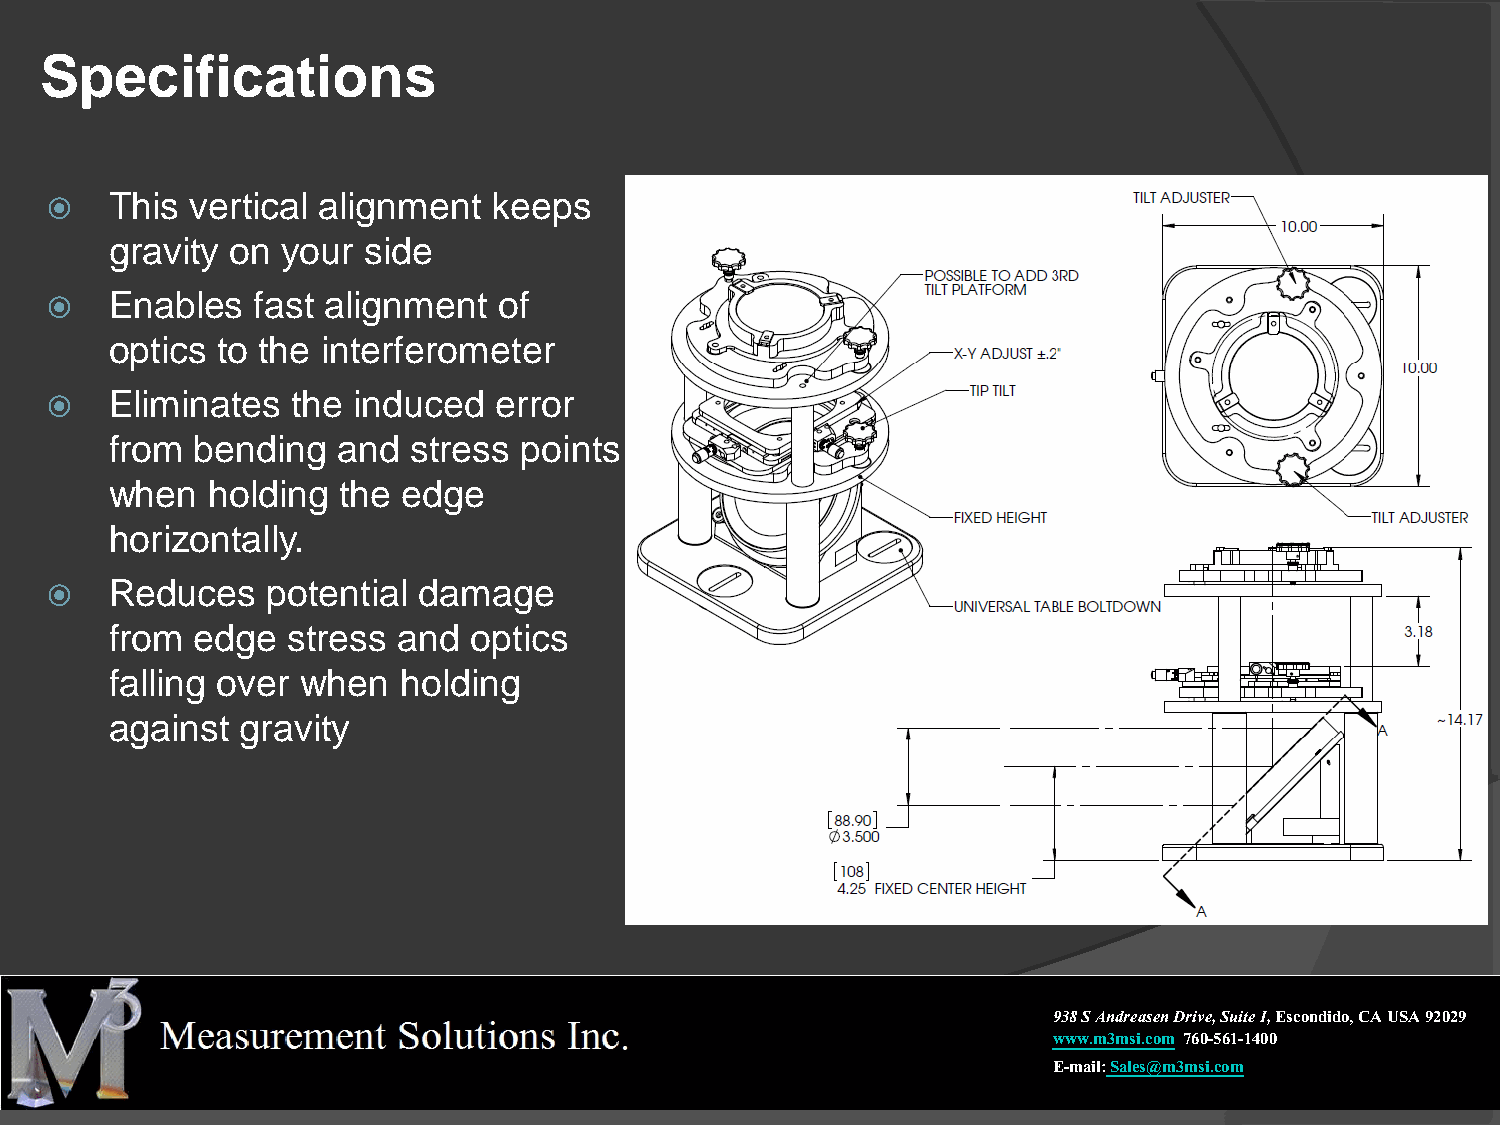
Specifications
    This  vertical alignment  keeps
 gravity on  your side
    Enables   fast alignment  of
 optics to the interferometer
    Eliminates  the induced   error
 from  bending  and  stress points
 when   holding the  edge
 horizontally.
    Reduces    potential damage
 from  edge  stress and  optics
 falling over when  holding
 against  gravity
 938 S Andreasen Drive, Suite I,Escondido, CA USA 92029
 www.m3msi.com 760-561-1400
 E-mail:Sales@m3msi.com